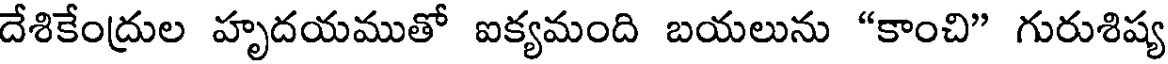
దేశికేంద్రుల హృదయముతో ఐక్యమంది బయలును "కాంచి" గురుశిష్య